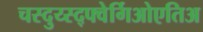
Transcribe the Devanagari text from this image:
चस्दुय्स्द्फ्वेर्गिओएतिअ